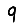
Digit: 9